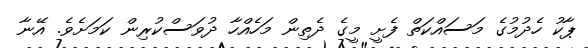
ޕާކު ހެދުމުގެ މަސައްކަތް ފެށީ މީގެ ދެތިން މަހެއްހާ ދުވަސްކުރިން ކަމަށެވެ. އޭނާ